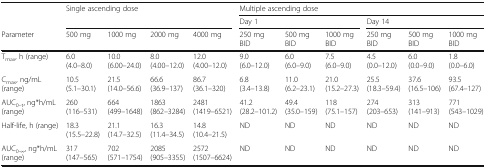
<table><thead><tr><td rowspan="2"></td><td rowspan="2" colspan="4"><b>Single ascending dose</b></td><td colspan="6"><b>Multiple ascending dose</b></td></tr><tr><td colspan="3"><b>Day 1</b></td><td colspan="3"><b>Day 14</b></td></tr><tr><td><b>Parameter</b></td><td><b>500 mg</b></td><td><b>1000 mg</b></td><td><b>2000 mg</b></td><td><b>4000 mg</b></td><td><b>250 mg BID</b></td><td><b>500 mg BID</b></td><td><b>1000 mg BID</b></td><td><b>250 mg BID</b></td><td><b>500 mg BID</b></td><td><b>1000 mg BID</b></td></tr></thead><tbody><tr><td>T<sub>max</sub>, h (range)</td><td>6.0 (4.0–8.0)</td><td>10.0 (6.00–24.0)</td><td>8.0 (4.00–12.0)</td><td>12.0 (4.00–12.0)</td><td>9.0 (6.0–12.0)</td><td>6.0 (6.0–9.0)</td><td>7.5 (6.0–9.0)</td><td>4.5 (0.0–12.0)</td><td>6.0 (0.0–9.0)</td><td>1.8 (0.0–6.0)</td></tr><tr><td>C<sub>max</sub>, ng/mL (range)</td><td>10.5 (5.1–30.1)</td><td>21.5 (14.0–56.6)</td><td>66.6 (36.9–137)</td><td>86.7 (36.1–320)</td><td>6.8 (3.4–13.8)</td><td>11.0 (6.2–23.1)</td><td>21.0 (15.2–27.3)</td><td>25.5 (18.3–59.4)</td><td>37.6 (16.5–106)</td><td>93.5 (67.4–127)</td></tr><tr><td>AUC<sub>0–t</sub>, ng*h/mL (range)</td><td>260 (116–531)</td><td>664 (499–1648)</td><td>1863 (862–3284)</td><td>2481 (1419–6521)</td><td>41.2 (28.2–101.2)</td><td>49.4 (35.0–159)</td><td>118 (75.1–157)</td><td>274 (203–653)</td><td>313 (141–913)</td><td>771 (543–1029)</td></tr><tr><td>Half-life, h (range)</td><td>18.3 (15.5–22.8)</td><td>21.1 (14.7–32.5)</td><td>16.3 (11.4–34.5)</td><td>14.8 (10.4–21.5)</td><td>ND</td><td>ND</td><td>ND</td><td>ND</td><td>ND</td><td>ND</td></tr><tr><td>AUC<sub>0-∞</sub>, ng*h/mL (range)</td><td>317 (147–565)</td><td>702 (571–1754)</td><td>2085 (905–3355)</td><td>2572 (1507–6624)</td><td>ND</td><td>ND</td><td>ND</td><td>ND</td><td>ND</td><td>ND</td></tr></tbody></table>